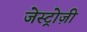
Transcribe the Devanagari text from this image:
जेस्ट्रोज़ी